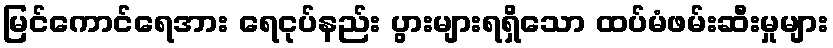
မြင်ကောင်ရေအား ရေငုပ်နည်း ပွားများရရှိသော ထပ်မံဖမ်းဆီးမှုများ